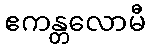
ဧကန္တလောမီ